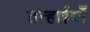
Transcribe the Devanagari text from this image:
तन्हाईयाँ